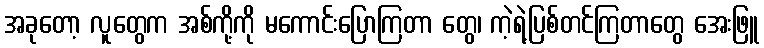
အခုတော့ လူတွေက အစ်ကို့ကို မကောင်းပြောကြတာ တွေ၊ ကဲ့ရဲ့ပြစ်တင်ကြတာတွေ အေးဖြူ